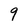
Character: 9